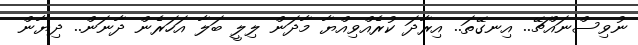
ނުވިސްނައްޗޭ.. އިނގޭތަ.. އިރާދަ ކުރެއްވިއްޔާ މާދަން ލިލީ ބަލާ އަހަރެން ދާނަން.. ދިޔާން